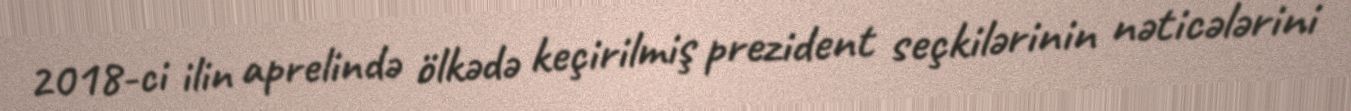
2018-ci ilin aprelində ölkədə keçirilmiş prezident seçkilərinin nəticələrini